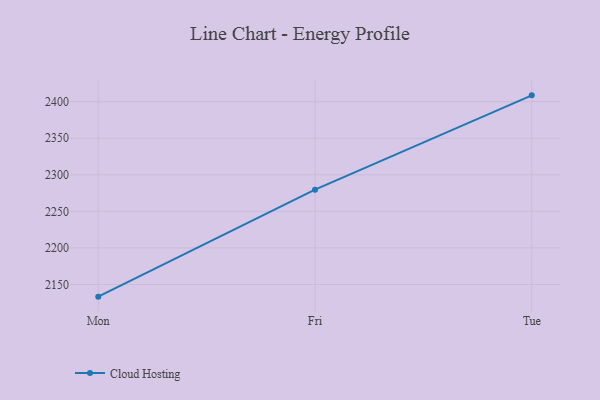
{"axis": {"x": "Day", "y": "LTV (USD)"}, "legend": ["Cloud Hosting"], "data": [{"x": "Mon", "y": 2133.4, "type": "Cloud Hosting"}, {"x": "Fri", "y": 2279.7, "type": "Cloud Hosting"}, {"x": "Tue", "y": 2408.7, "type": "Cloud Hosting"}]}